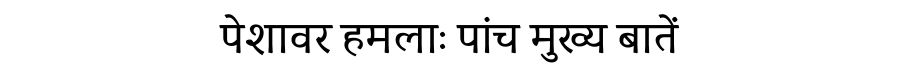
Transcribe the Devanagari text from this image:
पेशावर हमलाः पांच मुख्य बातें